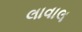
લાવાલ